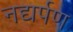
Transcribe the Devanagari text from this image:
नद्यर्पण